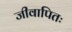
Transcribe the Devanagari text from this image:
जीवापितः